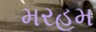
મરહૂમ